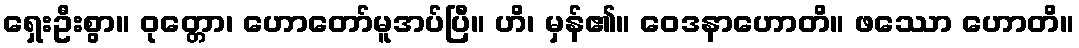
ရှေးဦးစွာ။ ဝုတ္တော၊ ဟောတော်မူအပ်ပြီ။ ဟိ၊ မှန်၏။ ဝေဒနာဟောတိ။ ဖဿော ဟောတိ။